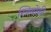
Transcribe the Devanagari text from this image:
स्त्रियोंकी